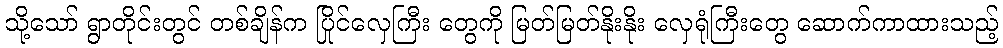
သို့သော် ရွာတိုင်းတွင် တစ်ချိန်က ပြိုင်လှေကြီး တွေကို မြတ်မြတ်နိုးနိုး လှေရုံကြီးတွေ ဆောက်ကာထားသည့်